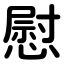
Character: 慰